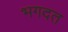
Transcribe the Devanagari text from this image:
भगदत